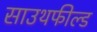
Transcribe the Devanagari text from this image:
साउथफील्ड